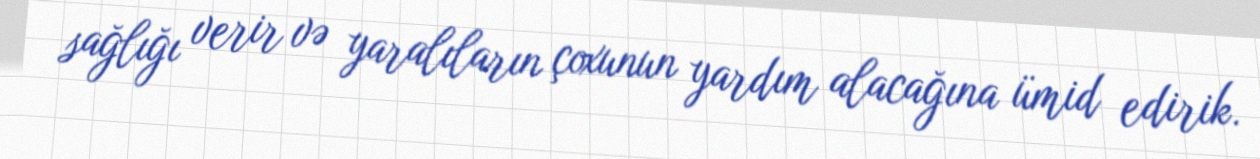
sağlığı verir və yaralıların çoxunun yardım alacağına ümid edirik.